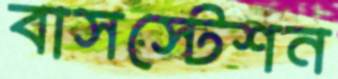
বাসস্টেশন